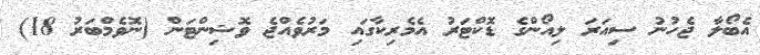
އެބޯލާ ޖެހުނު ސިއަރަ ލިއޯންގެ ޑޮކްޓަރު އެމެރިކާގައި މަރުވެއްޖެ ވޮޝިންޓަން (ނޮވެމްބަރު 18)